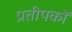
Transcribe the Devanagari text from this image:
प्रतीपकों